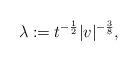
LaTeX: \begin{align*}\lambda := t^{-\frac{1}{2}} |v|^{-\frac{3}{8}},\end{align*}